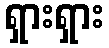
ရှားရှား